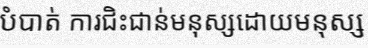
បំបាត់ ការជិះជាន់មនុស្សដោយមនុស្ស